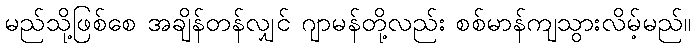
မည်သို့ဖြစ်စေ အချိန်တန်လျှင် ဂျာမန်တို့လည်း စစ်မာန်ကျသွားလိမ့်မည်။